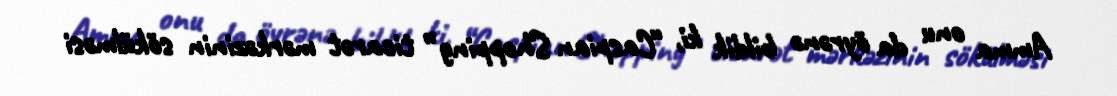
Amma onu da öyrənə bildik ki, “Caspian Shopping” ticarət mərkəzinin sökülməsi